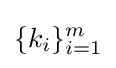
\{k_{i}\}_{i=1}^{m}